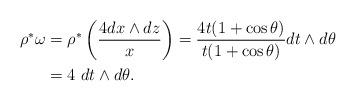
LaTeX: \begin{align*}\rho^* \omega &= \rho^* \left(\frac{4 dx \wedge dz }{x }\right) = \frac{ 4t (1+ \cos \theta) }{t (1+ \cos \theta)} dt \wedge d \theta\\ &= 4 \ dt \wedge d \theta.\end{align*}